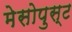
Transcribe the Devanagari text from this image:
मेसोपुस्ट